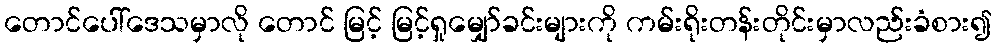
တောင်ပေါ်ဒေသမှာလို တောင် မြင့် မြင့်ရှုမျှော်ခင်းများကို ကမ်းရိုးတန်းတိုင်းမှာလည်းခံစား၍